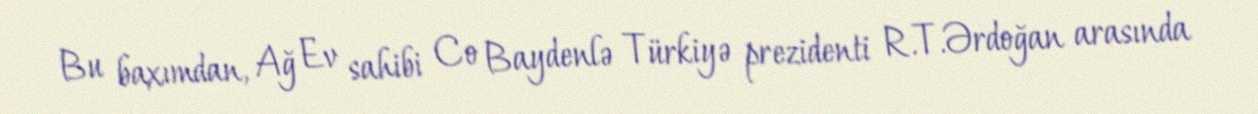
Bu baxımdan, Ağ Ev sahibi Co Baydenlə Türkiyə prezidenti R.T.Ərdoğan arasında